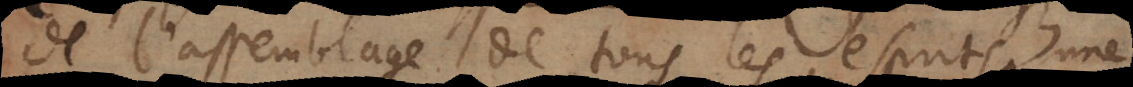
de l’assemblage de tous les esprits une